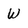
Character: W